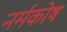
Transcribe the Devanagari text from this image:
नर्मकोष